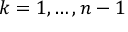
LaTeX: k = 1 , \ldots , n - 1